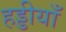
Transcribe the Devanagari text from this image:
हड्डीयाँ